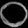
Digit: ၀